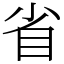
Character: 省